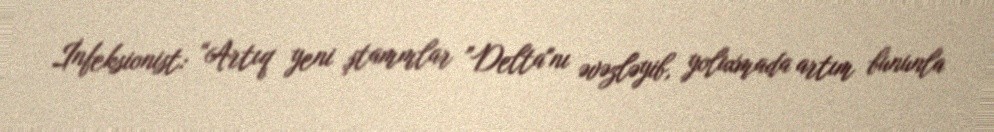
İnfeksionist: “Artıq yeni ştammlar ”Delta"nı əvəzləyib, yoluxmada artım bununla